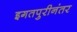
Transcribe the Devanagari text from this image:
इगतपुरीनंतर